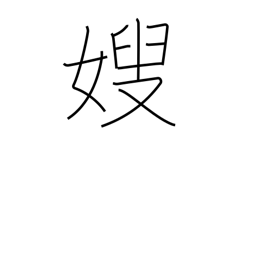
Meaning: elder brother's wife